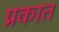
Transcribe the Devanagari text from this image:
प्रकात